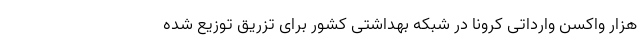
هزار واکسن وارداتی کرونا در شبکه بهداشتی کشور برای تزریق توزیع شده